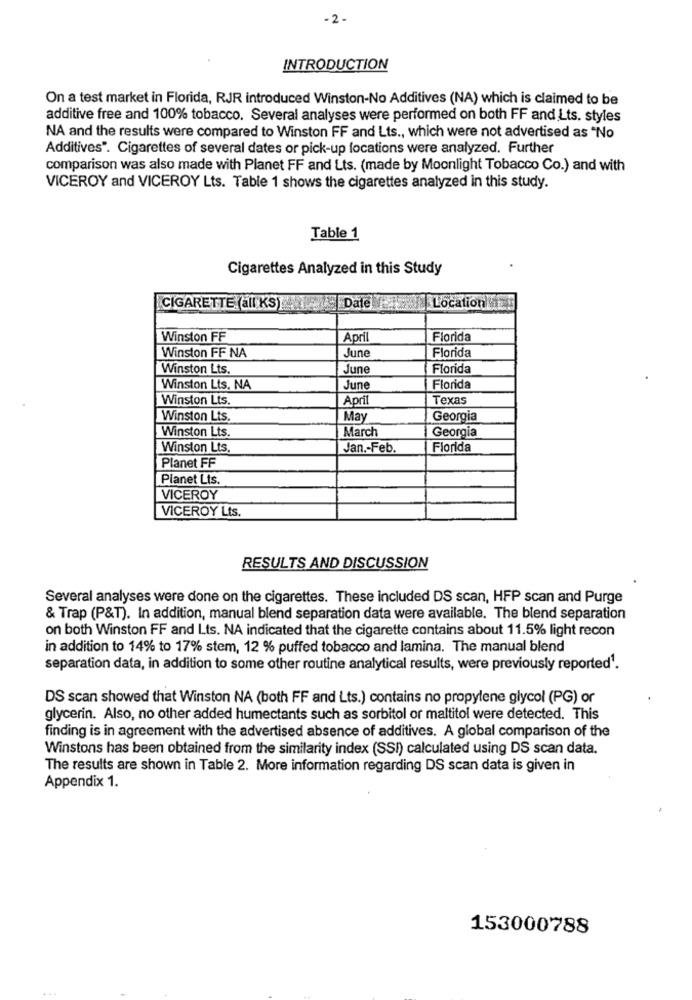
-2 -
INTRODUCTION
On a test market in Florida, RJR introduced Winston-No Additives (NA) which is claimed to be
additive free and 100% tobacco. Several analyses were performed on both FF and Lts. styles
NA and the results were compared to Winston FF and Lts ., which were not advertised as "No
Additives". Cigarettes of several dates or pick-up locations were analyzed. Further
comparison was also made with Planet FF and Lts. (made by Moonlight Tobacco Co.) and with
VICEROY and VICEROY Lts. Table 1 shows the cigarettes analyzed in this study.
Table 1
Cigarettes Analyzed in this Study
CIGARETTE all KS)
Date
Location Miz!
Winston FF
April
Florida
Winston FF NA
June
Florida
Winston Lts.
June
Florida
Winston Lts. NA
June
Florida
Winston Lts.
April
Texas
Winston Lts.
May
Georgia
Winston Lts.
March
Georgia
Winston Lts.
Jan .- Feb.
Florida
Planet FF
Planet Lts.
VICEROY
VICEROY Lts.
RESULTS AND DISCUSSION
Several analyses were done on the cigarettes. These included DS scan, HFP scan and Purge
& Trap (P&T). In addition, manual blend separation data were available. The blend separation
on both Winston FF and Lts. NA indicated that the cigarette contains about 11.5% light recon
in addition to 14% to 17% stem, 12 % puffed tobacco and lamina. The manual blend
separation data, in addition to some other routine analytical results, were previously reported1.
DS scan showed that Winston NA (both FF and Lts.) contains no propylene glycol (PG) or
glycerin. Also, no other added humectants such as sorbitol or maltitol were detected. This
finding is in agreement with the advertised absence of additives. A global comparison of the
Winstons has been obtained from the similarity index (SSI) calculated using DS scan data.
The results are shown in Table 2. More information regarding DS scan data is given in
Appendix 1.
153000788